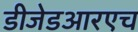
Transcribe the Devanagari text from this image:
डीजेडआरएच